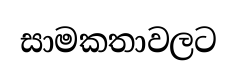
සාමකතාවලට